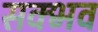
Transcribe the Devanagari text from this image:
सक्भव